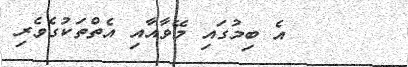
١١      އެ ބިމުގައި މޭވާއާއި އެތްތަކުގެވެރި